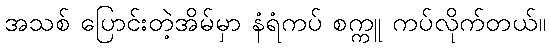
အသစ် ပြောင်းတဲ့အိမ်မှာ နံရံကပ် စက္ကူ ကပ်လိုက်တယ်။